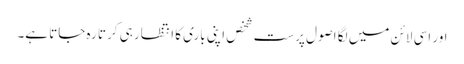
اور اسی لائن میں لگا اصول پرست شخص اپنی باری کا انتظار ہی کرتا رہ جاتا ہے۔